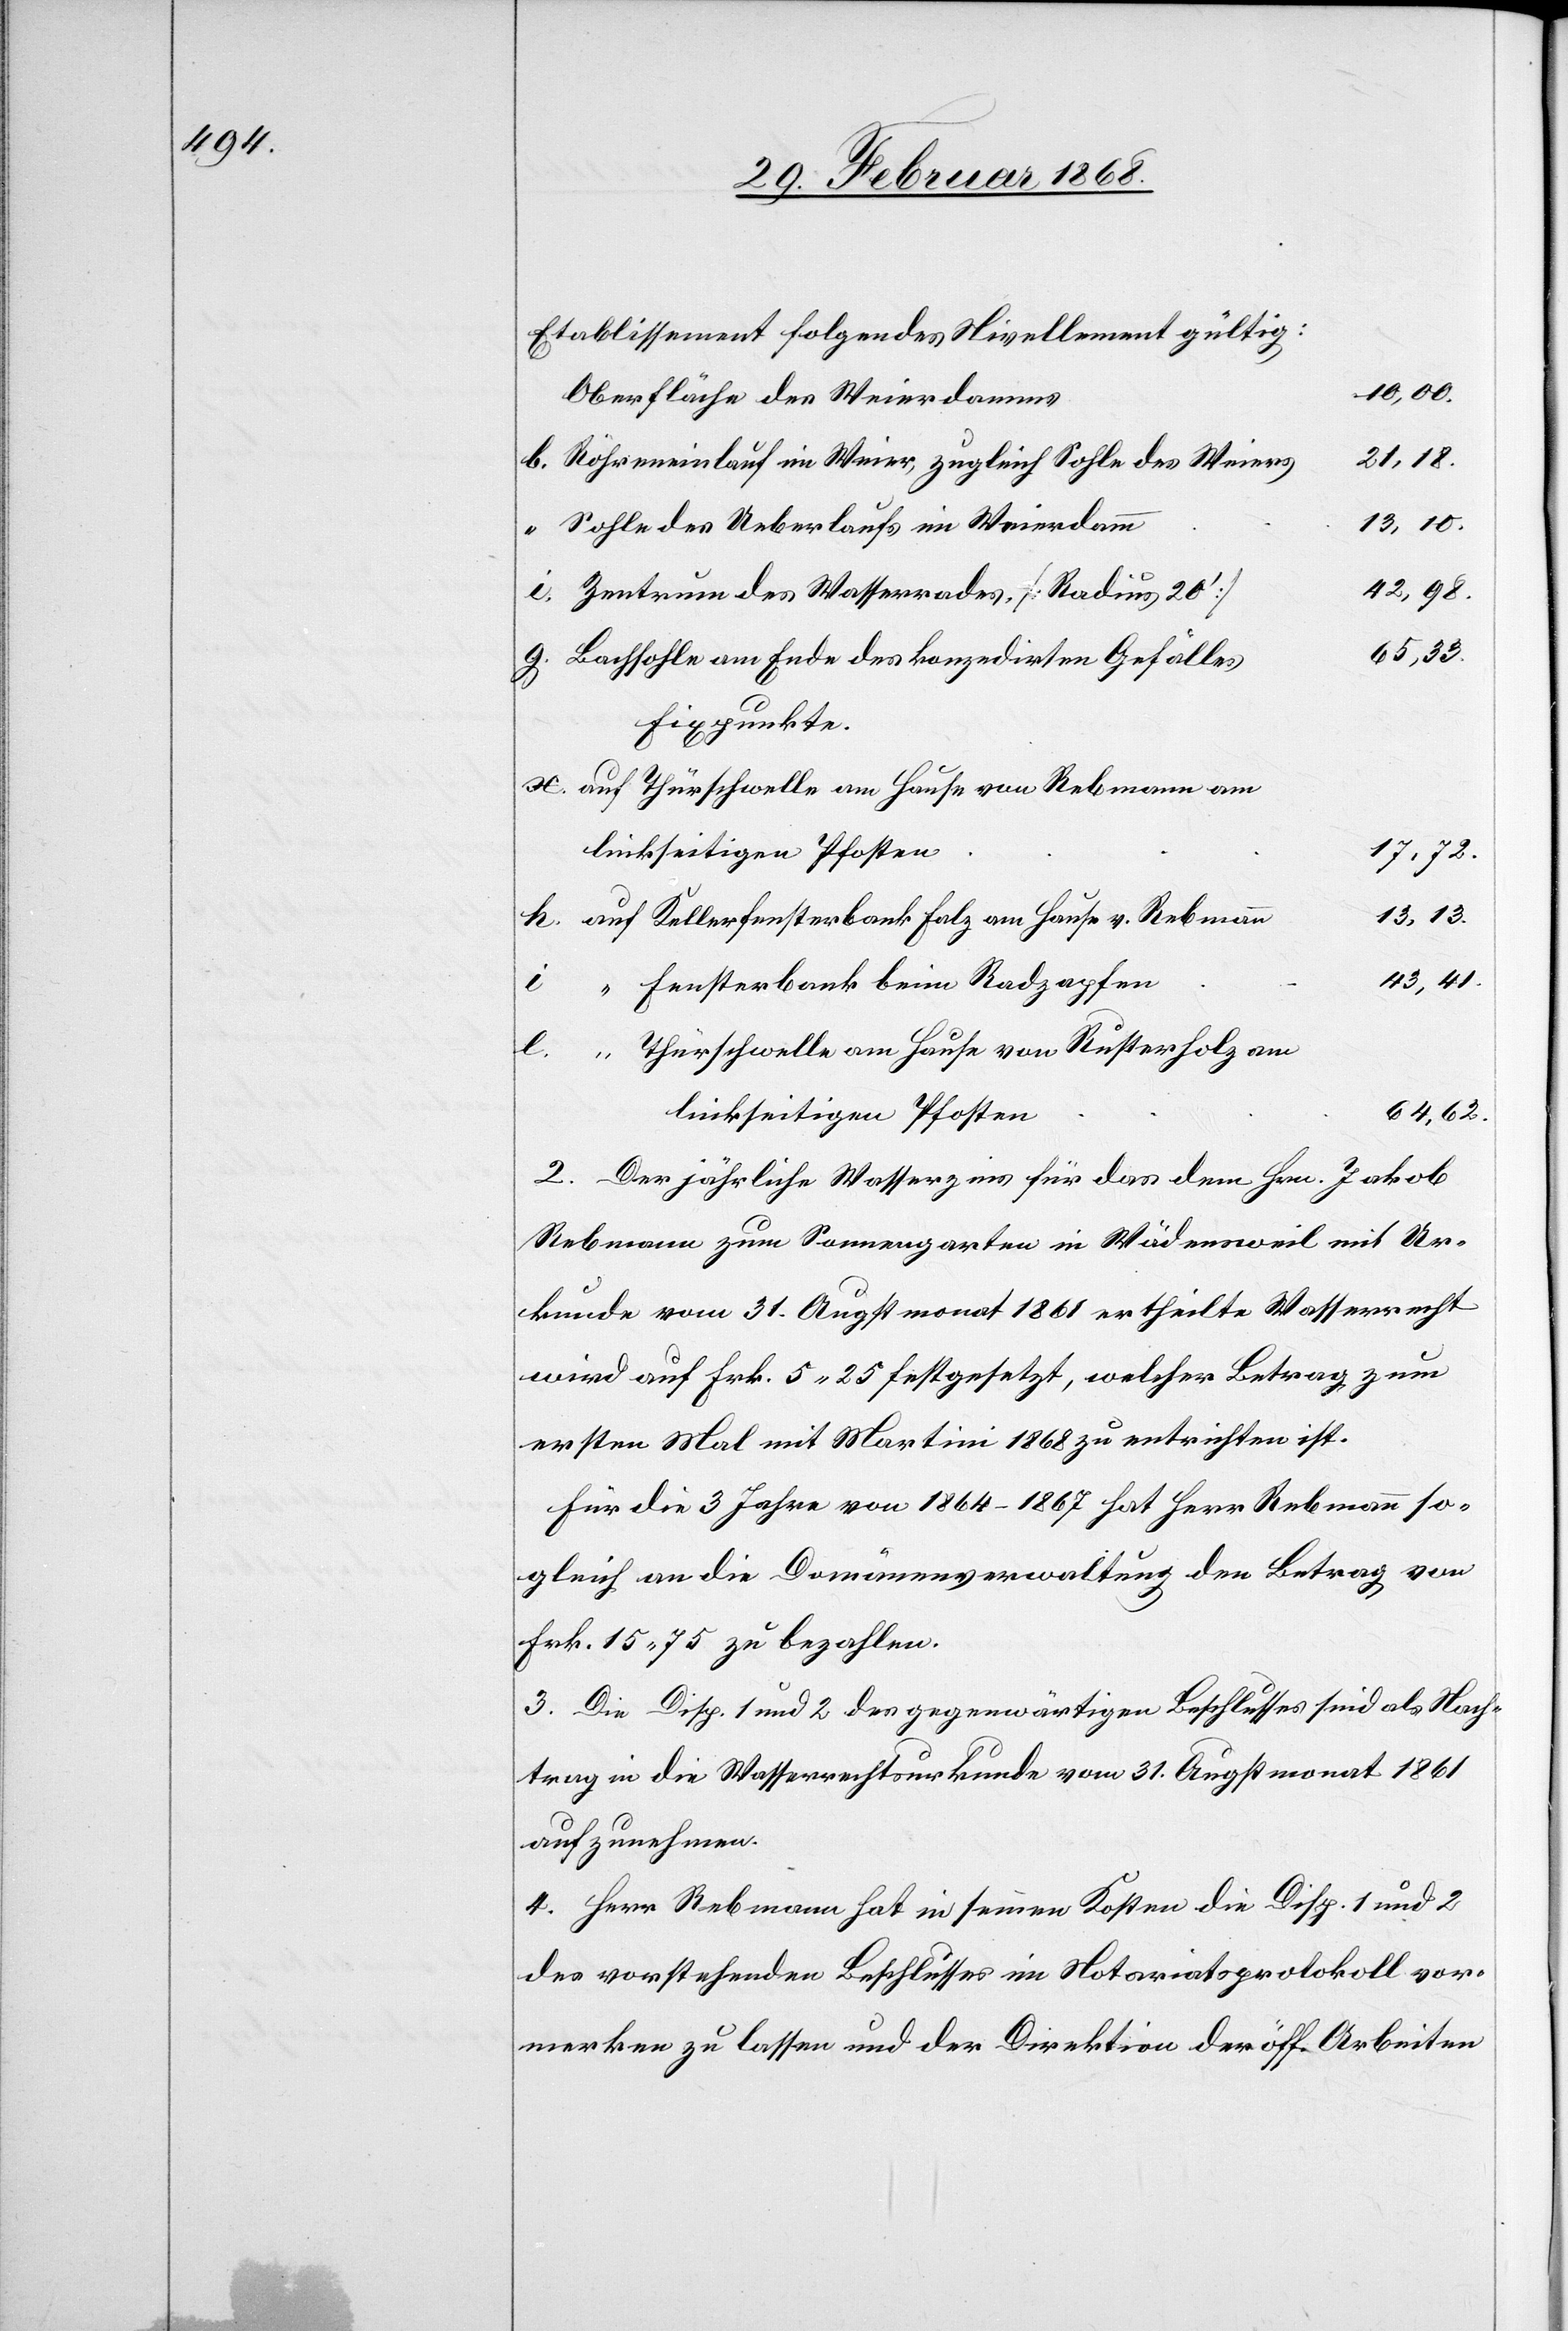
Etablissement folgendes Nivellement gültig:
17,72.
Oberfläche des Weierdamms
21,18.
Röhreneinlauf im Weier, zugleich Sohle des Weiers
Sohle des Ueberlaufs im Weierdamm
42,98.
Zentrum des Wasserrades. [Radius 20‘]
65,33.
Bachsohle am Ende des konzedirten Gefälles
Fixpunkte.
auf Thürschwelle am Hause von Rebmann am
l.
linkseitigen Pfosten
auf Kellerfensterbank Falz am Hause v. Rebmann
43,41.
“ Fensterbank beim Radzapfen
“ Thürschwelle am Hause von Rusterholz am
64,62.
2. Der jährliche Wasserzins für das dem Hrn. Jakob
Rebmann zum Sonnengarten in Wädensweil mit Ur¬
kunde vom 31. Augstmonat 1861 ertheilte Wasserrecht
wird auf Frk. 5. 25 festgesetzt, welcher Betrag zum
ersten Mal mit Martini 1868 zu entrichten ist.
Für die 3 Jahre von 1864–1867 hat Herr Rebmann so¬
gleich an die Domänenverwaltung den Betrag von
Frk. 15. 75 zu bezahlen.
3. Die Disp. 1 und 2 des gegenwärtigen Beschlusses sind als Nach¬
trag in die Wasserrechtsurkunde vom 31. Augstmonat 1861
aufzunehmen.
4. Herr Rebmann hat in seinen Kosten die Disp. 1 und 2
des vorstehenden Beschlusses im Notariatsprotokoll vor¬
merken zu lassen und der Direktion der öff. Arbeiten